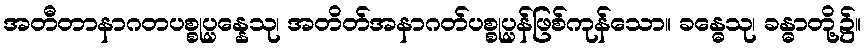
အတီတာနာဂတပစ္စုပ္ပန္နေသု၊ အတိတ်အနာဂတ်ပစ္စုပ္ပန်ဖြစ်ကုန်သော။ ခန္ဓေသု၊ ခန္ဓာတို့၌။